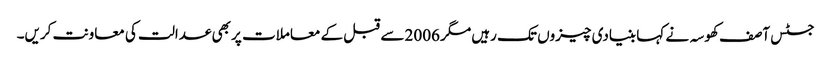
جسٹس آصف کھوسہ نے کہا بنیادی چیزوں تک رہیں مگر 2006 سے قبل کے معاملات پر بھی عدالت کی معاونت کریں۔